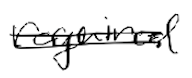
Text: required
Cross-out: double-line
Writing tool: digital_black